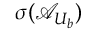
\sigma ( \mathcal { A } _ { U _ { b } } )